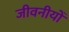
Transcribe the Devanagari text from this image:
जीवनीयोँ